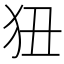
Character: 狃